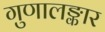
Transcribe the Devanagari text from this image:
गुणालङ्कार